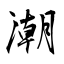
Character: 潮